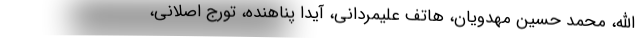
االله، محمد حسین مهدویان، هاتف علیمردانی، آیدا پناهنده، تورج اصلانی،